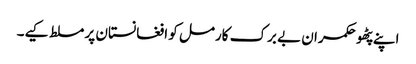
اپنے پٹھو حکمران بے برک کارمل کو افغانستان پر مسلط کیے۔